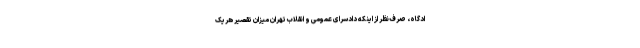
ادگاه، صرف‌نظر از اینکه دادسرای عمومی و انقلاب تهران میزان تقصیر هریک